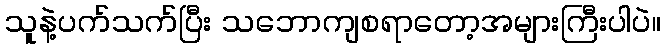
သူနဲ့ပက်သက်ပြီး သဘောကျစရာတော့အများကြီးပါပဲ။